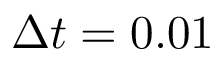
\Delta t = 0 . 0 1